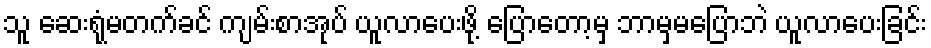
သူ ဆေးရုံမတက်ခင် ကျမ်းစာအုပ် ယူလာပေးဖို့ ပြောတော့မှ ဘာမှမပြောဘဲ ယူလာပေးခြင်း